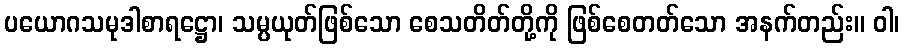
ပယောဂသမုဒါစာရဋ္ဌော၊ သမ္ပယုတ်ဖြစ်သော စေသတိတ်တို့ကို ဖြစ်စေတတ်သော အနက်တည်း။ ဝါ၊